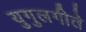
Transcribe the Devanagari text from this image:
युगुलगीते